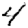
Digit: 4